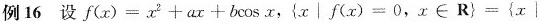
例16设$$f ( x ) = x^{2} + a x + b\cos x$$，$$\left \{ x | f ( x ) = 0$$ ,$$x ∈ R \right \} = \left \{ x |